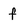
Character: f